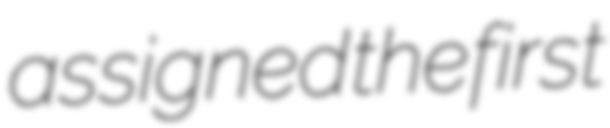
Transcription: assigned the first